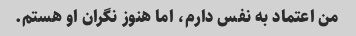
من اعتماد به نفس دارم، اما هنوز نگران او هستم.